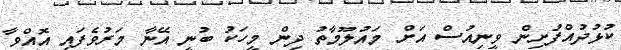
ކުޅުދުއްފުށިން ވީނިއުސް އަށް މައުލޫމާތު ދިން މީހަކު ބުނީ އޭނާ މަރުވެފައި އޮއްވާ